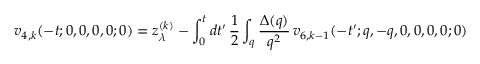
v _ { 4 , k } ( - t ; 0 , 0 , 0 , 0 ; 0 ) = z _ { \lambda } ^ { ( k ) } - \int _ { 0 } ^ { t } d t ^ { \prime } \, \frac { 1 } { 2 } \int _ { q } \frac { \Delta ( q ) } { q ^ { 2 } } \, v _ { 6 , k - 1 } ( - t ^ { \prime } ; q , - q , 0 , 0 , 0 , 0 ; 0 )